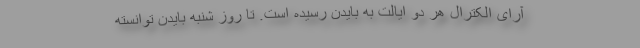
آرای الکترال هر دو ایالت به بایدن رسیده است. تا روز شنبه بایدن توانسته